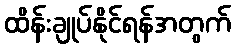
ထိန်းချုပ်နိုင်ရန်အတွက်